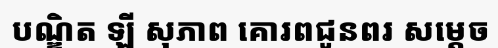
បណ្ឌិត ឡី សុភាព គោរពជូនពរ សម្តេច